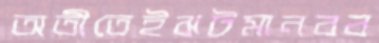
অতীতেইঝটমানবব